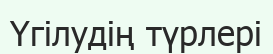
Үгілудің түрлері